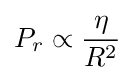
P_{r}\propto {\frac {\eta }{R^{2}}}